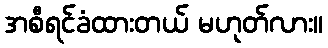
အစီရင်ခံထားတယ် မဟုတ်လား။